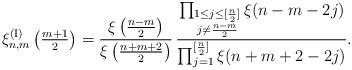
LaTeX: \begin{align*}\xi_{n,m}^{({\rm I})}\left(\tfrac{m+1}{2}\right)=\frac{\xi\left(\tfrac{n-m}{2}\right)}{\xi\left(\tfrac{n+m+2}{2}\right)}\, \frac{\prod_{\substack{1\leq j\leq [\frac{n}{2}] \\ j\ne\frac{n-m}{2}}}\xi(n-m-2j)} {\prod_{j=1}^{[\frac{n}{2}]}\xi(n+m+2-2j)}.\end{align*}